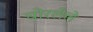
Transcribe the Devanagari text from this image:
चोरलेले